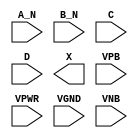
module sky130_fd_sc_ls__and4bb (
    //# {{data|Data Signals}}
    input  A_N ,
    input  B_N ,
    input  C   ,
    input  D   ,
    output X   ,

    //# {{power|Power}}
    input  VPB ,
    input  VPWR,
    input  VGND,
    input  VNB
);
endmodule